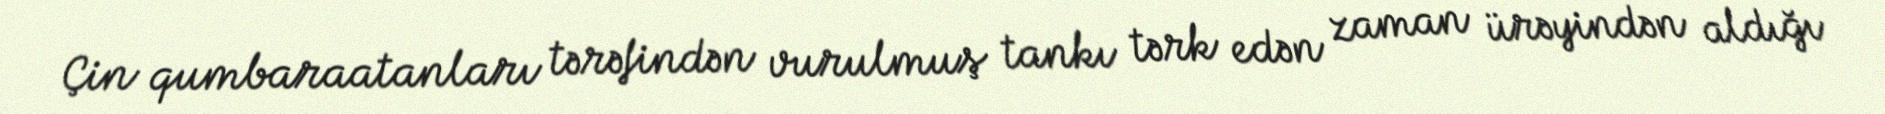
Çin qumbaraatanları tərəfindən vurulmuş tankı tərk edən zaman ürəyindən aldığı